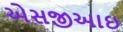
એસજીઆઇ